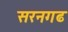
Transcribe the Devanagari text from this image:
सरनगढ